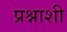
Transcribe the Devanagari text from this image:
प्रश्नाशी